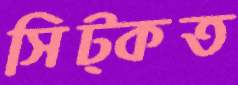
সিট্‌কত